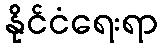
နိုင်ငံရေးရာ